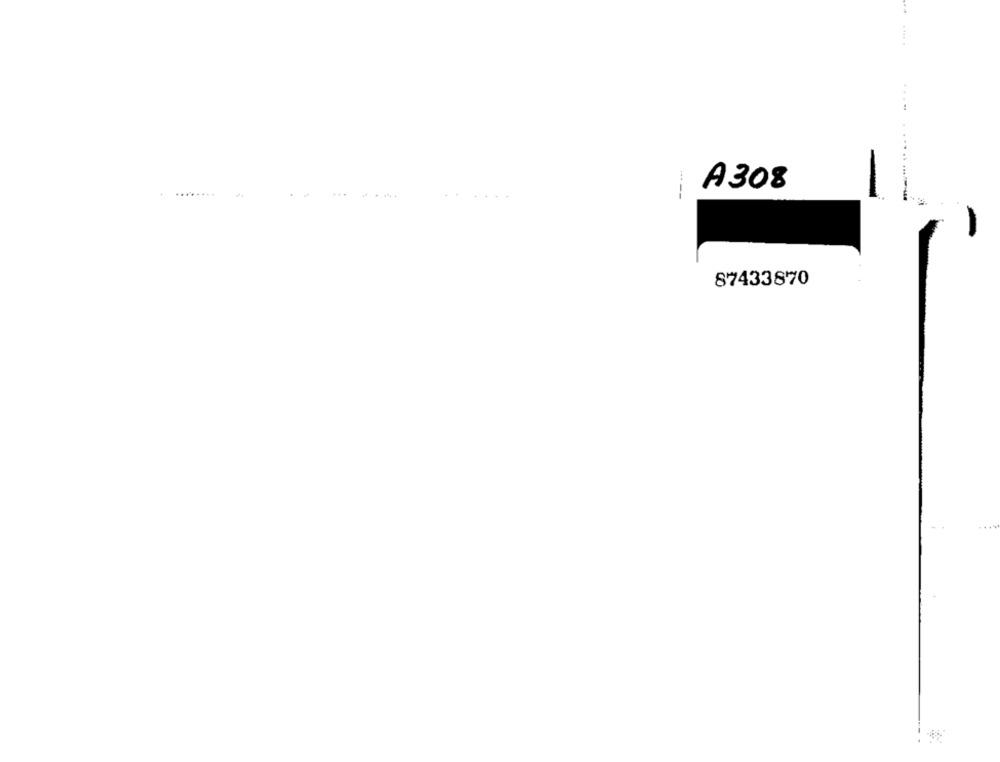
A308
-----
87433870